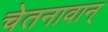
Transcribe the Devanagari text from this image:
चेतनावान्‌